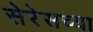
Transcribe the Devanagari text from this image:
सेरेसच्या